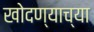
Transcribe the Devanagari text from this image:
खोदण्याच्या